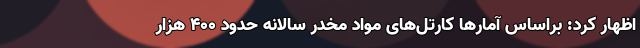
اظهار کرد: براساس آمارها کارتل‌های مواد مخدر سالانه حدود ۴۰۰ هزار